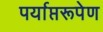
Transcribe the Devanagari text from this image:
पर्याप्तरूपेण